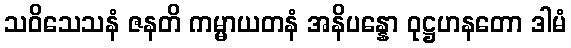
သဝိသေသနံ ဇနတိ ကမ္မာယတနံ အနိပန္နော ဝုဋ္ဌဟနတော ဒါမံ